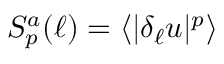
S _ { p } ^ { a } ( \ell ) = \langle | \delta _ { \ell } u | ^ { p } \rangle